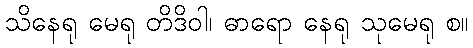
သိနေရု မေရု တိဒိဝါ၊ ဓာရော နေရု သုမေရု စ။